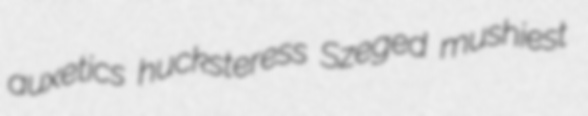
auxetics hucksteress Szeged mushiest